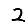
Digit: 2